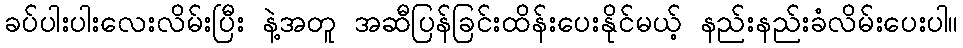
ခပ်ပါးပါးလေးလိမ်းပြီး နဲ့အတူ အဆီပြန်ခြင်းထိန်းပေးနိုင်မယ့် နည်းနည်းခံလိမ်းပေးပါ။